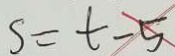
S = t - 5